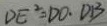
D E ^ { 2 } = D O \cdot D B